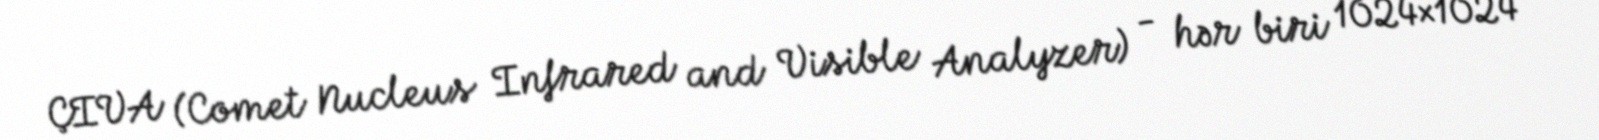
ÇIVA (Comet Nucleus Infrared and Visible Analyzer) - hər biri 1024×1024